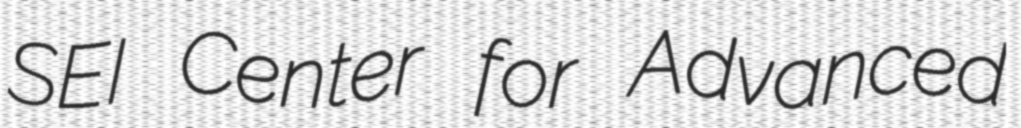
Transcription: SEI Center for Advanced